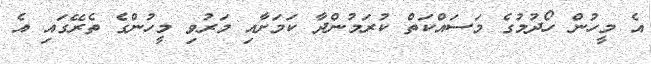
އެ މީހުން ހޯދުމުގެ މަސައްކަތް ކުރަމުންދާ ކަމަށާއި މަރުވި މީހުންގެ ތެރޭގައި އެ